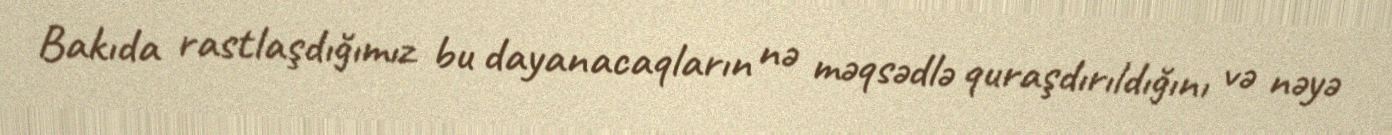
Bakıda rastlaşdığımız bu dayanacaqların nə məqsədlə quraşdırıldığını və nəyə